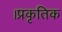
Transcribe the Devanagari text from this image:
।प्रकृतिक